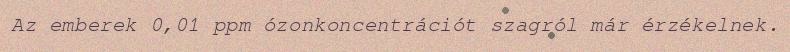
Az emberek 0,01 ppm ózonkoncentrációt szagról már érzékelnek.